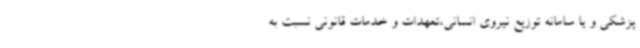
پزشکی و یا سامانه توزیع نیروی انسانی،تعهدات و خدمات قانونی نسبت به